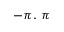
- \pi , \, \pi